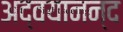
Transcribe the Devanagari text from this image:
अद्वयानन्द